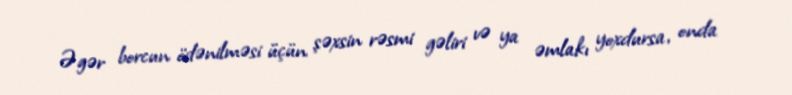
Əgər borcun ödənilməsi üçün şəxsin rəsmi gəliri və ya əmlakı yoxdursa, onda